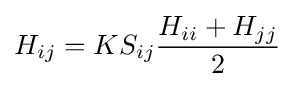
H_{ij}=KS_{ij}{\dfrac {H_{ii}+H_{jj}}{2}}